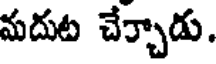
మదుట చేర్చాడు.